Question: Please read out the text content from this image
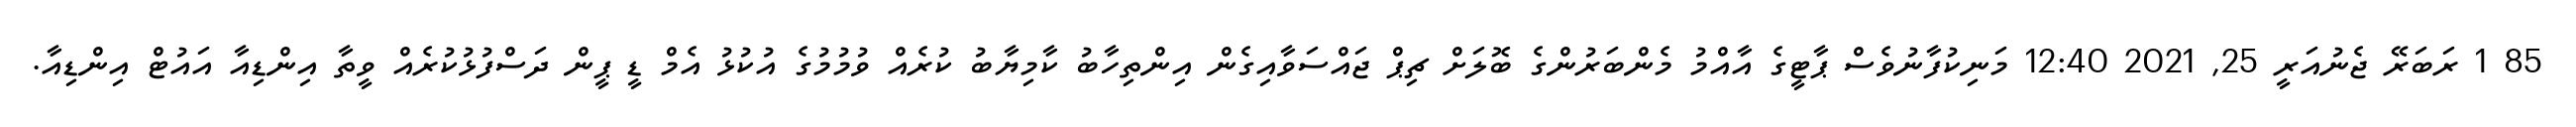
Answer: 85 1 ރަބަރޭ ޖެނުއަރީ 25, 2021 12:40 މަނިކުފާނުވެސް ޕާޓީގެ އާއްމު މެންބަރުންގެ ބޮލަށް ޗިޕް ޖައްސަވާއިގެން އިންތިހާބު ކާމިޔާބު ކުރެއް ވުމުމުގެ އުކުޅު އެމް ޑީ ޕީން ދަސްފުޅުކުރެއް ވީތާ އިންޑިއާ އައުޓް އިންޑިއާ.